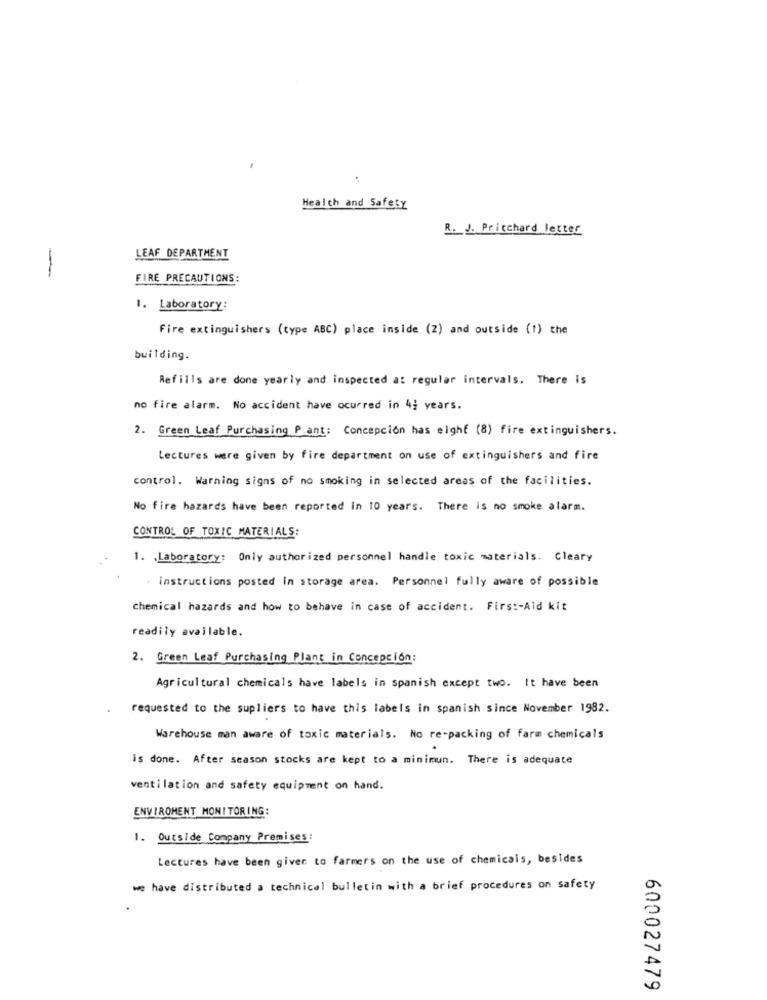
Health and Safety
R. J. Pritchard letter
LEAF DEPARTMENT
-
FIRE PRECAUTIONS:
1. Laboratory:
Fire extinguishers (type ABC) place inside (2) and outside (1) the
building.
Refills are done yearly and inspected at regular intervals. There is
no fire alarm. No accident have ocurred in 4; years.
2. Green Leaf Purchasing P.ant: Concepcion has eight (8) fire extinguishers.
Lectures were given by fire department on use of extinguishers and fire
control. Warning signs of no smoking in selected areas of the facilities.
No fire hazards have been reported in 10 years. There is no smoke alarm.
CONTROL OF TOXIC MATERIALS:
1. Laboratory: Only authorized personnel handle toxic materials. Cleary
. Instructions posted in storage area. Personnel fully aware of possible
chemical hazards and how to behave in case of accident. First-Aid kit
readily available.
2. Green Leaf Purchasing Plant in Concepcion:
Agricultural chemicals have labels in spanish except two. It have been
requested to the supliers to have this labels in spanish since November 1982.
Warehouse man aware of toxic materials. No re-packing of farm chemicals
is done. After season stocks are kept to a minimun. There is adequate
ventilation and safety equipment on hand.
ENVIROMENT MONITORING:
1. Outside Company Premises:
Lectures have been giver to farmers on the use of chemicals, besides
we have distributed a technical bulletin with a brief procedures on safety
600027479